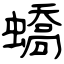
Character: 蟜